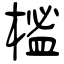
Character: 榓